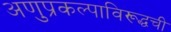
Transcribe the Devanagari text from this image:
अणुप्रकल्पाविरूद्धची